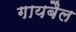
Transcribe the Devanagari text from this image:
गायबैल